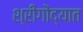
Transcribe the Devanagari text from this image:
श्रीगोंद्यात